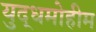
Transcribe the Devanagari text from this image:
युद्धमोहीम